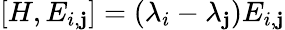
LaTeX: [H,E_{i,\mathbf{j}}]=(\lambda_{i}-\lambda_{\mathbf{j}})E_{i,\mathbf{j}}